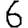
Digit: 6